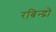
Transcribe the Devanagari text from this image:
रबिन्द्रो